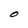
Character: O